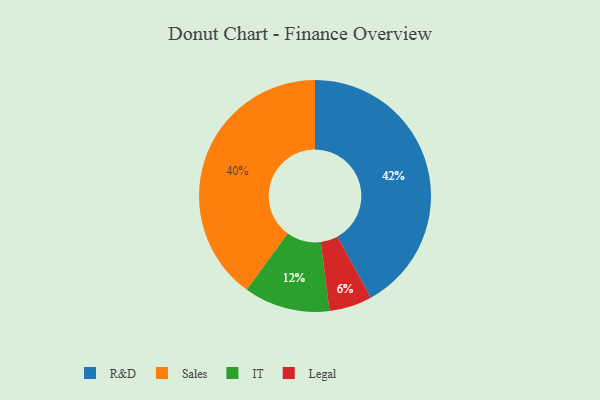
{"axis": {"x": "Category", "y": "Percentage"}, "legend": ["IT", "Legal", "R&D", "Sales"], "data": [{"x": "IT", "y": 12, "type": "IT"}, {"x": "R&D", "y": 42, "type": "R&D"}, {"x": "Sales", "y": 40, "type": "Sales"}, {"x": "Legal", "y": 6, "type": "Legal"}]}